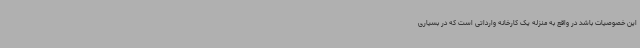
این خصوصیات باشد در واقع به منزله یک کارخانه وارداتی است که در بسیاری